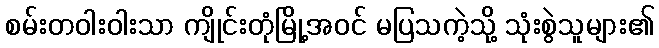
စမ်းတဝါးဝါးသာ ကျိုင်းတုံမြို့အဝင် မပြသကဲ့သို့ သုံးစွဲသူများ၏